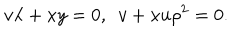
v \lambda + x y = 0 , ~ ~ v + x u \rho ^ { 2 } = 0 .